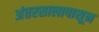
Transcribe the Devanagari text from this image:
अंतरसालापासून